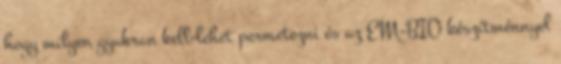
hogy milyen gyakran kell-lehet permetezni és az EM-BIO készítménnyel